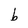
Character: b